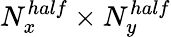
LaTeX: N_{x}^{half}\times N_{y}^{half}